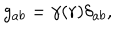
LaTeX: g _ { a b } = \gamma ( r ) \delta _ { a b } ,